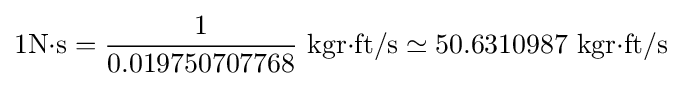
\mathrm {1N{\cdot }s} ={\frac {1}{0.019750707768}}\mathrm {\ kgr{\cdot }ft/s} \simeq \mathrm {50.6310987\ kgr{\cdot }ft/s}